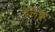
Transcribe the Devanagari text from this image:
पॅलेक्वे